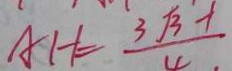
A H = \frac { 3 \sqrt { 3 } - 1 } { 4 }